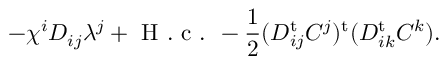
- \chi ^ { i } D _ { i j } \lambda ^ { j } + \textrm { H . c . } - \frac { 1 } { 2 } ( D _ { i j } ^ { \mathrm { t } } C ^ { j } ) ^ { \mathrm { t } } ( D _ { i k } ^ { \mathrm { t } } C ^ { k } ) .